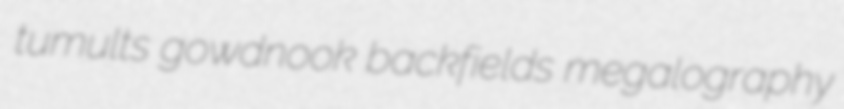
tumults gowdnook backfields megalography